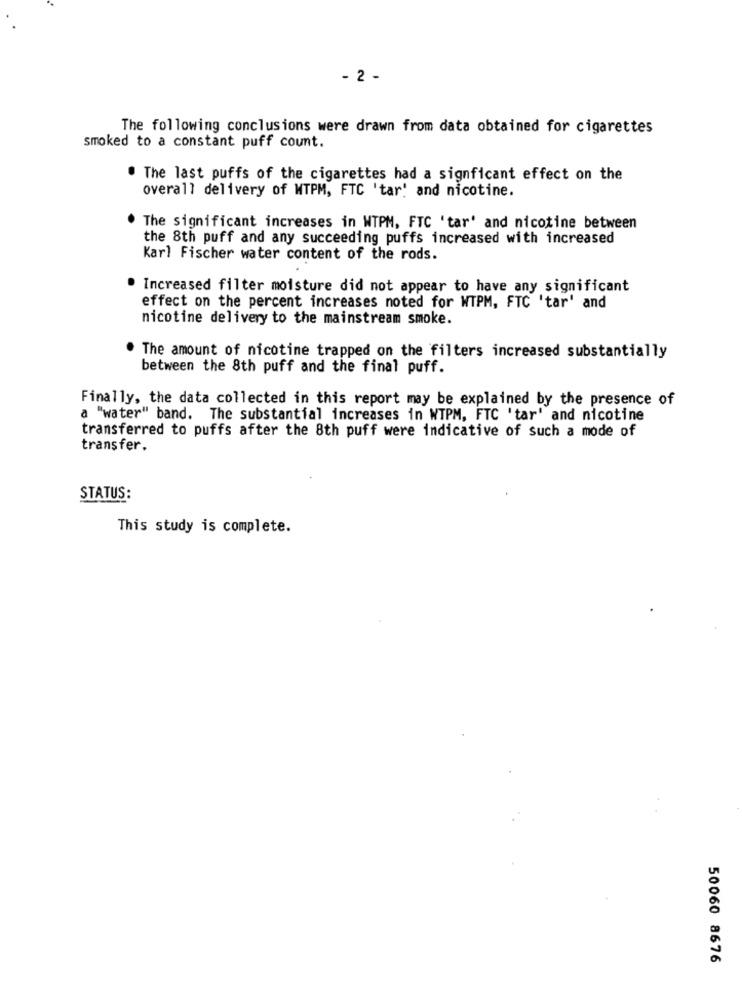
- 2 -
The following conclusions were drawn from data obtained for cigarettes
smoked to a constant puff count.
. The last puffs of the cigarettes had a signficant effect on the
overall delivery of WTPM, FTC 'tar' and nicotine.
The significant increases in WTPM, FTC 'tar' and nicotine between
the 8th puff and any succeeding puffs increased with increased
Karl Fischer water content of the rods.
· Increased filter moisture did not appear to have any significant
effect on the percent increases noted for WTPM, FTC 'tar' and
nicotine delivery to the mainstream smoke.
The amount of nicotine trapped on the filters increased substantially
between the 8th puff and the final puff.
Finally, the data collected in this report may be explained by the presence of
a "water" band. The substantial increases in WTPM, FTC 'tar' and nicotine
transferred to puffs after the 8th puff were indicative of such a mode of
transfer.
STATUS:
This study is complete.
50060 8676